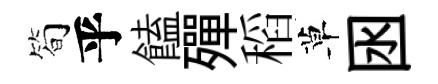
简乎饁殫稻草囦